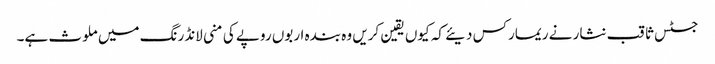
جسٹس ثاقب نثار نے ریمارکس دیئے کہ کیوں یقین کریں وہ بندہ اربوں روپے کی منی لانڈرنگ میں ملوث ہے۔